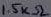
Text: 1.5kΩ